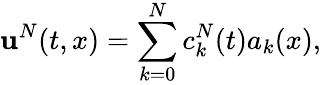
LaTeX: \mathbf{u}^{N}(t,x)=\sum_{k=0}^{N}c_{k}^{N}(t)a_{k}(x),